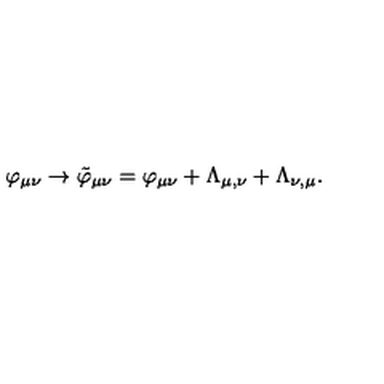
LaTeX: \varphi _ { \mu \nu } \rightarrow \tilde { \varphi } _ { \mu \nu } = \varphi _ { \mu \nu } + \Lambda _ { \mu , \nu } + \Lambda _ { \nu , \mu } .